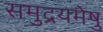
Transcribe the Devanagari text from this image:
समुद्रयमेषु